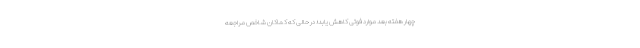
چهار هفته بعد موارد فوتی کاهش یابد؛ در حالی که کماکان شاخص مراجعه